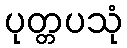
ပုတ္တပသုံ